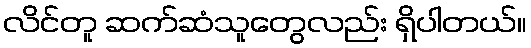
လိင်တူ ဆက်ဆံသူတွေလည်း ရှိပါတယ်။